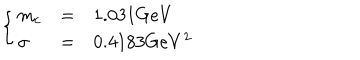
LaTeX: \left\{ \begin{array} { l l l } { { m _ { c } } } & { { = } } & { { 1 . 0 3 1 G e V } } \\ { { \sigma } } & { { = } } & { { 0 . 4 1 8 3 G e V ^ { 2 } } } \\ \end{array} \right.